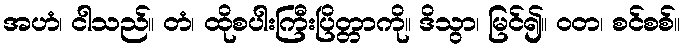
အဟံ၊ ငါသည်။ တံ၊ ထိုစပါးကြီးပြိတ္တာကို။ ဒိသွာ၊ မြင်၍။ ဝတ၊ စင်စစ်။